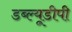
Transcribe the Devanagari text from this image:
डब्ल्यूडीपी